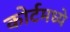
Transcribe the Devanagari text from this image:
कोर्टमध्ये